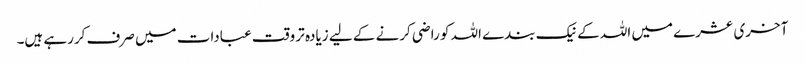
آخری عشرے میں اللہ کے نیک بندے اللہ کو راضی کرنے کے لیے زیادہ تر وقت عبادات میں صرف کررہے ہیں۔